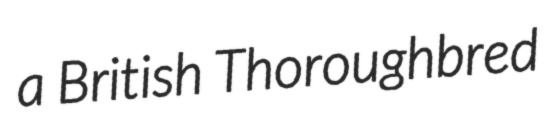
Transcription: a British Thoroughbred